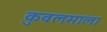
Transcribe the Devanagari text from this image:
कुवलमाला